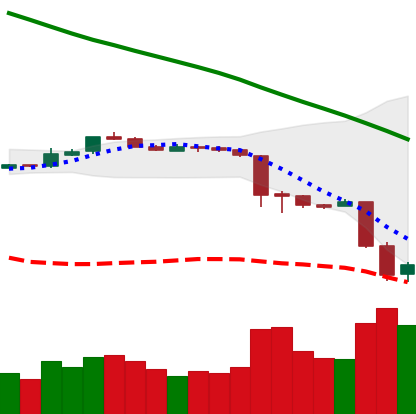
Ticker: ETH-USD
Chart end date: 2018-11-21
Forward return: -20.75%
Label: down_7plus